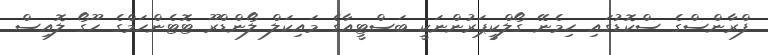
ފްރާންސްގެ ސްކޮޑުގައި ހިމެނޭ ގޯލްކީޕަރުންނަކީ ބަސްޓީއާގެ މައިކަލް ލޯންޑްރޫ ޓޮޓެންހަމްގެ ހޫގޯ ލޮއިސް